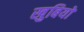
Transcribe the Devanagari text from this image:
खुबियों